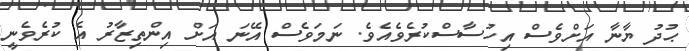
ޙުދު ޔާނާ އަށްވެސް އިހުސާސްކުރެވެއެވެ. ނަމަވެސް އޭނަ އަށް އިންތިޒާރު އެ ކުރެވެނީ